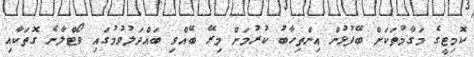
ކޮމިޓީގެ މަގާމުތަކަށް ބޭފުޅުން އިންތިހާބު ކުރުމަށް މިރޭ ބޭއްވި ބައްދަލުވުމުގައި ވޯޓްލާނެ ގޮތަކާއި